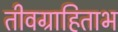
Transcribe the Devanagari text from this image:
तीवग्राहिताभ